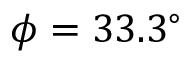
\phi = 3 3 . 3 ^ { \circ }